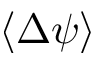
\langle \Delta \psi \rangle